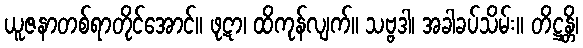
ယူဇနာတစ်ရာတိုင်အောင်။ ဖုဋာ၊ ထိကုန်လျက်။ သဗ္ဗဒါ၊ အခါခပ်သိမ်း။ တိဋ္ဌန္တိ၊